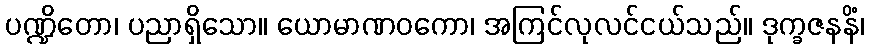
ပဏ္ဍိတော၊ ပညာရှိသော။ ယောမာဏဝကော၊ အကြင်လုလင်ငယ်သည်။ ဒုက္ခဇနနိံ၊